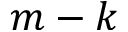
m - k